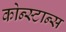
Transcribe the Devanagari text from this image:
कोन्स्टान्स